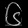
Digit: ၆